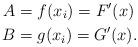
LaTeX: \begin{align*}A&= f(x_i)= F'(x)\\B&= g(x_i)= G'(x).\end{align*}